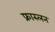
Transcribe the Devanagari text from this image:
फ्रास्लन